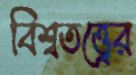
বিশ্বতত্ত্বের